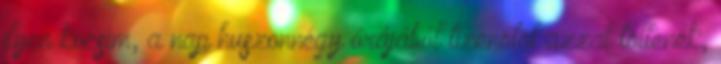
ilyen kocsim, a nap huszonnégy órájából tizenötöt azzal töltenék,